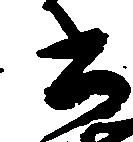
書